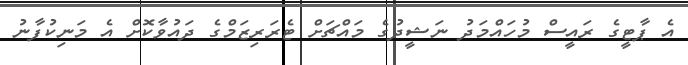
އެ ޕާޓީގެ ރައީސް މުހައްމަދު ނަޝީދުގެ މައްޗަށް ޓެރަރިޒަމްގެ ދައުވާކޮށް އެ މަނިކުފާނު